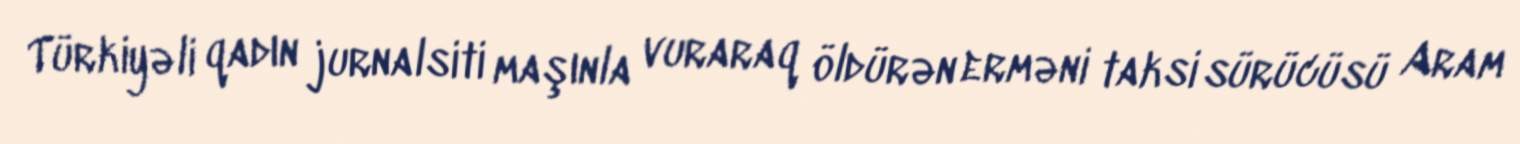
Türkiyəli qadın jurnalsiti maşınla vuraraq öldürən erməni taksi sürücüsü Aram